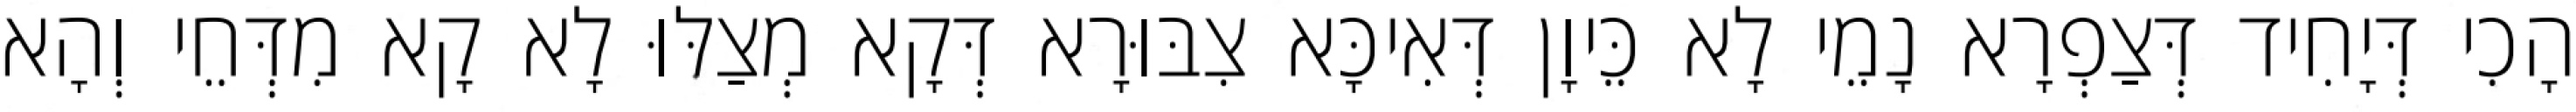
הָכִי דְּיָחִיד דְּצַפְרָא נָמֵי לָא כֵּיוָן דְּאִיכָּא צִבּוּרָא דְּקָא מְצַלּוּ לָא קָא מִדְּחֵי וְהָא